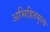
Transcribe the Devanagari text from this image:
अभिहितमूल्य